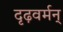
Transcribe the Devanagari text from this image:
दृढ़वर्मन्